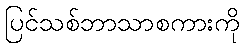
ပြင်သစ်ဘာသာစကားကို